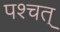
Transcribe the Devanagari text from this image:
पश्चत्